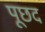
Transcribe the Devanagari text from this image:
पूछद